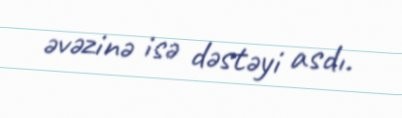
əvəzinə isə dəstəyi asdı.